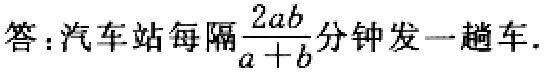
答：汽车站每隔$\frac{2ab}{a + b}$分钟发一趟车.